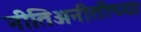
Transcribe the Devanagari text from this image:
नीतिअनीतीच्या